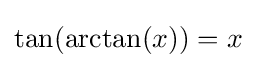
\tan(\arctan(x))=x